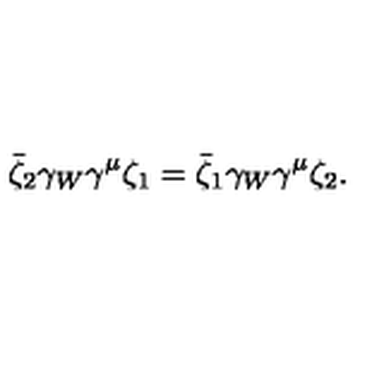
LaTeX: \bar { \zeta } _ { 2 } \gamma _ { W } \gamma ^ { \mu } \zeta _ { 1 } = \bar { \zeta } _ { 1 } \gamma _ { W } \gamma ^ { \mu } \zeta _ { 2 } .